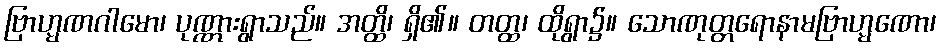
ဗြာဟ္မဏဂါမော၊ ပုဏ္ဏားရွာသည်။ အတ္ထိ၊ ရှိ၏။ တတ္ထ၊ ထိုရွာ၌။ သောဏုတ္တရောနာမဗြာဟ္မဏော၊